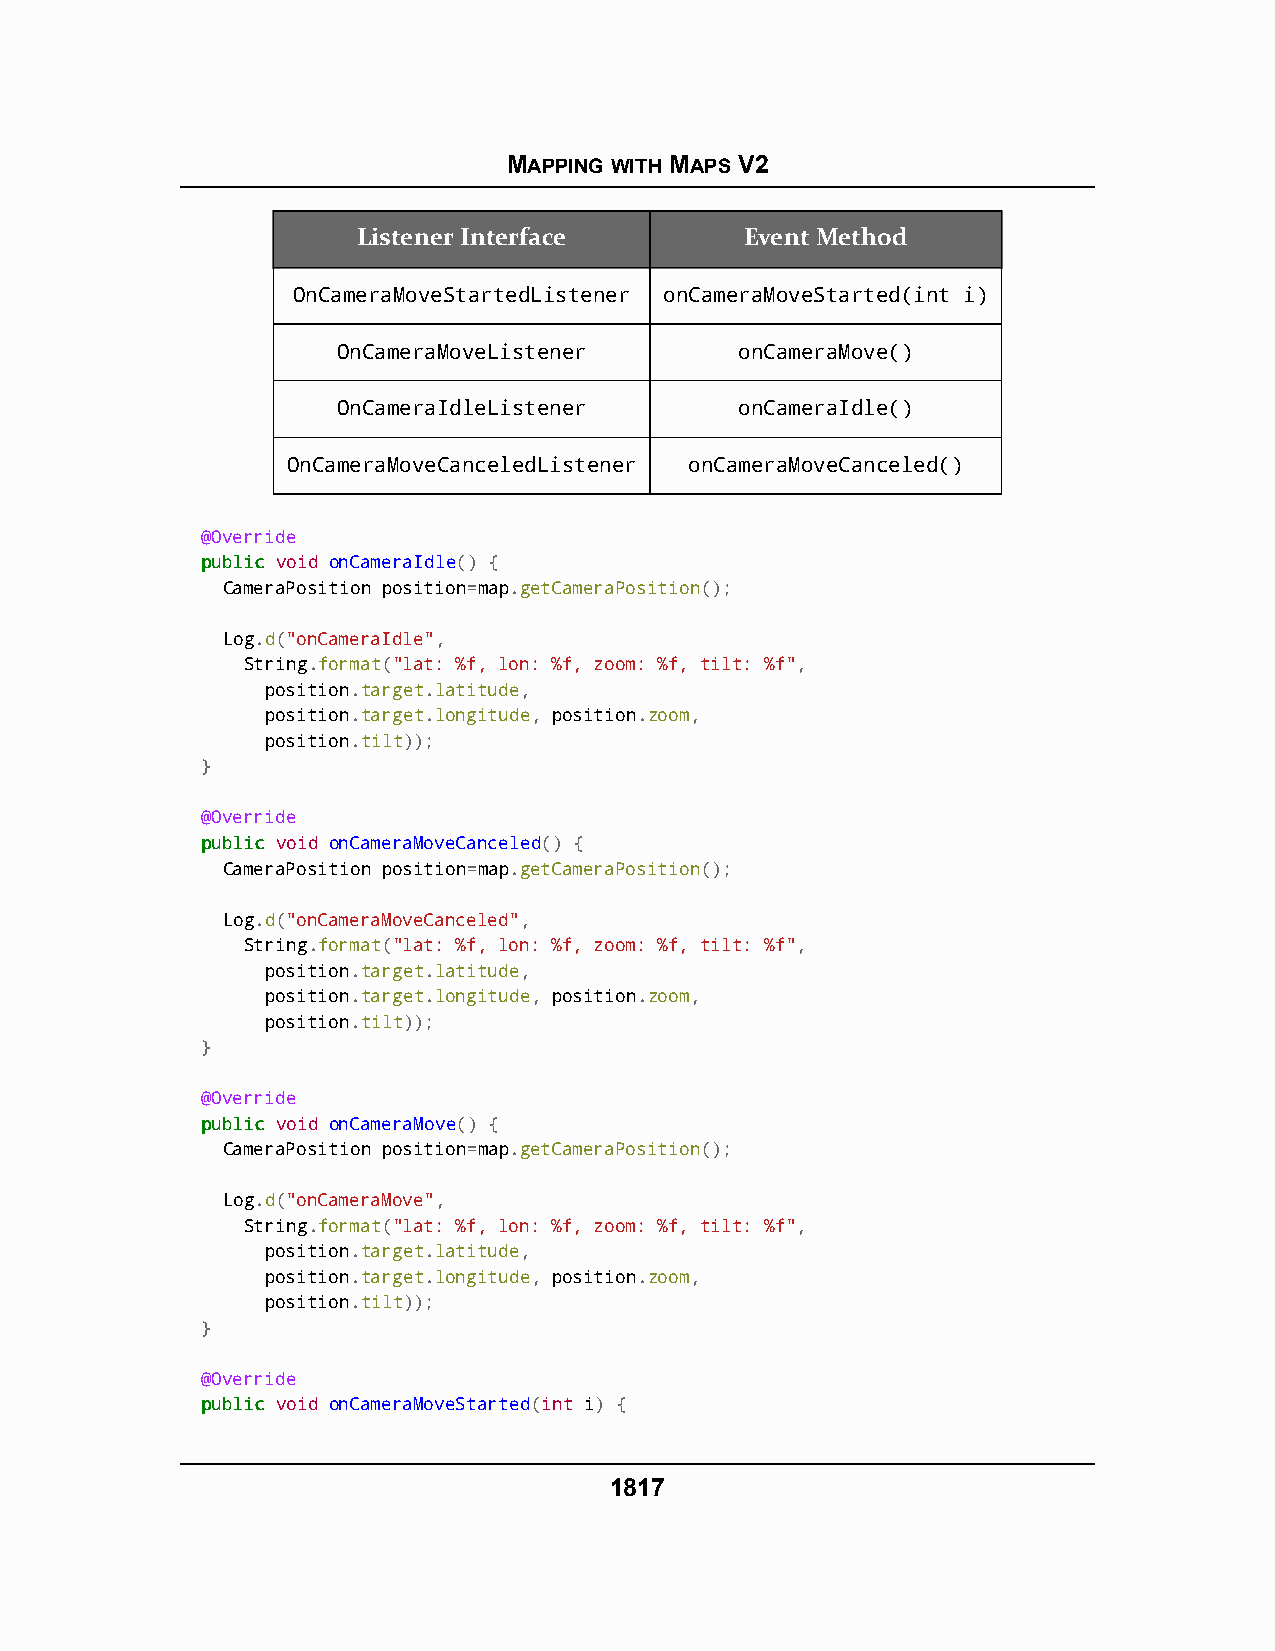
MAPPING WITH MAPS V2
 Listener Interface       Event Method
 OnCameraMoveStartedListener onCameraMoveStarted(int i)
 OnCameraMoveListener       onCameraMove()
 OnCameraIdleListener       onCameraIdle()
 OnCameraMoveCanceledListener onCameraMoveCanceled()
 @Override
 ppuubblliicc void onCameraIdle() {
 CameraPosition position=map.getCameraPosition();
 Log.d("onCameraIdle",
 String.format("lat: %f, lon: %f, zoom: %f, tilt: %f",
 position.target.latitude,
 position.target.longitude, position.zoom,
 position.tilt));
 }
 @Override
 ppuubblliicc void onCameraMoveCanceled() {
 CameraPosition position=map.getCameraPosition();
 Log.d("onCameraMoveCanceled",
 String.format("lat: %f, lon: %f, zoom: %f, tilt: %f",
 position.target.latitude,
 position.target.longitude, position.zoom,
 position.tilt));
 }
 @Override
 ppuubblliicc void onCameraMove() {
 CameraPosition position=map.getCameraPosition();
 Log.d("onCameraMove",
 String.format("lat: %f, lon: %f, zoom: %f, tilt: %f",
 position.target.latitude,
 position.target.longitude, position.zoom,
 position.tilt));
 }
 @Override
 ppuubblliicc void onCameraMoveStarted(int i) {
 1817